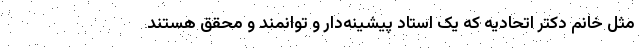
مثل خانم دکتر اتحادیه که یک استاد پیشینه‌دار و توانمند و محقق هستند